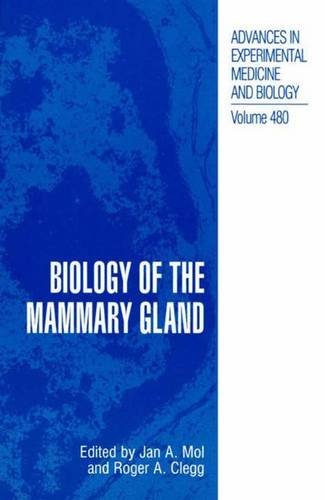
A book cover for Biology of the Mammary Gland (Advances in Experimental Medicine and Biology); Medical Books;